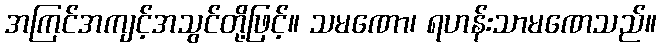
အကြင်အကျင့်အသွင်တို့ဖြင့်။ သမဏော၊ ရဟန်းသာမဏေသည်။